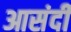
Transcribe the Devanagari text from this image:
आसंदी